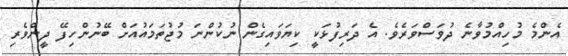
އެންމެ މުހިއްމުވާނެ ދުވަސްވަރެވެ. އެ ދަރިފުޅަކީ ކިޔަވައިގެން ނުކުންނަ މުޖުތަމައުއަށް ބޭނުންހިފޭ ދީންވެރި